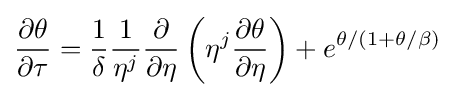
{\frac {\partial \theta }{\partial \tau }}={\frac {1}{\delta }}{\frac {1}{\eta ^{j}}}{\frac {\partial }{\partial \eta }}\left(\eta ^{j}{\frac {\partial \theta }{\partial \eta }}\right)+e^{\theta /(1+\theta /\beta )}